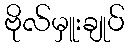
ဗိုလ်မှူးချုပ်